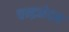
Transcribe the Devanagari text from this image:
चन्द्रभेदन